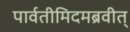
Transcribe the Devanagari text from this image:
पार्वतीमिदमब्रवीत्